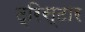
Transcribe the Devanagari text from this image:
ट्रिस्‍टार